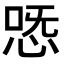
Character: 𢙸